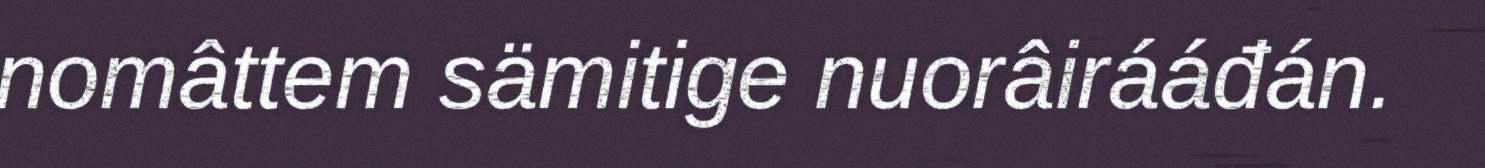
nomâttem sämitige nuorâirááđán.